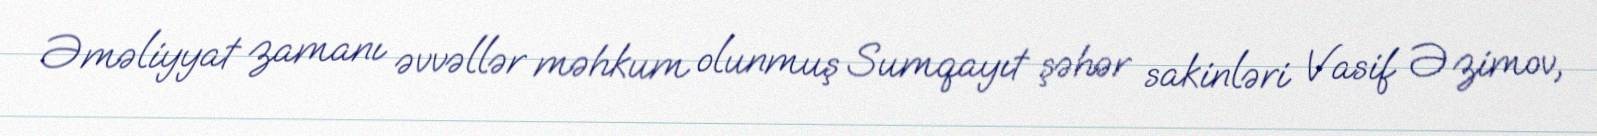
Əməliyyat zamanı əvvəllər məhkum olunmuş Sumqayıt şəhər sakinləri Vasif Əzimov,